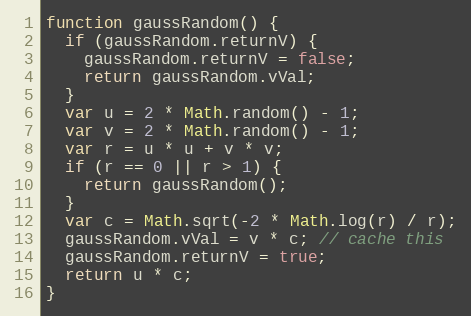
Language: JavaScript
function gaussRandom() {
  if (gaussRandom.returnV) {
    gaussRandom.returnV = false;
    return gaussRandom.vVal;
  }
  var u = 2 * Math.random() - 1;
  var v = 2 * Math.random() - 1;
  var r = u * u + v * v;
  if (r == 0 || r > 1) {
    return gaussRandom();
  }
  var c = Math.sqrt(-2 * Math.log(r) / r);
  gaussRandom.vVal = v * c; // cache this
  gaussRandom.returnV = true;
  return u * c;
}